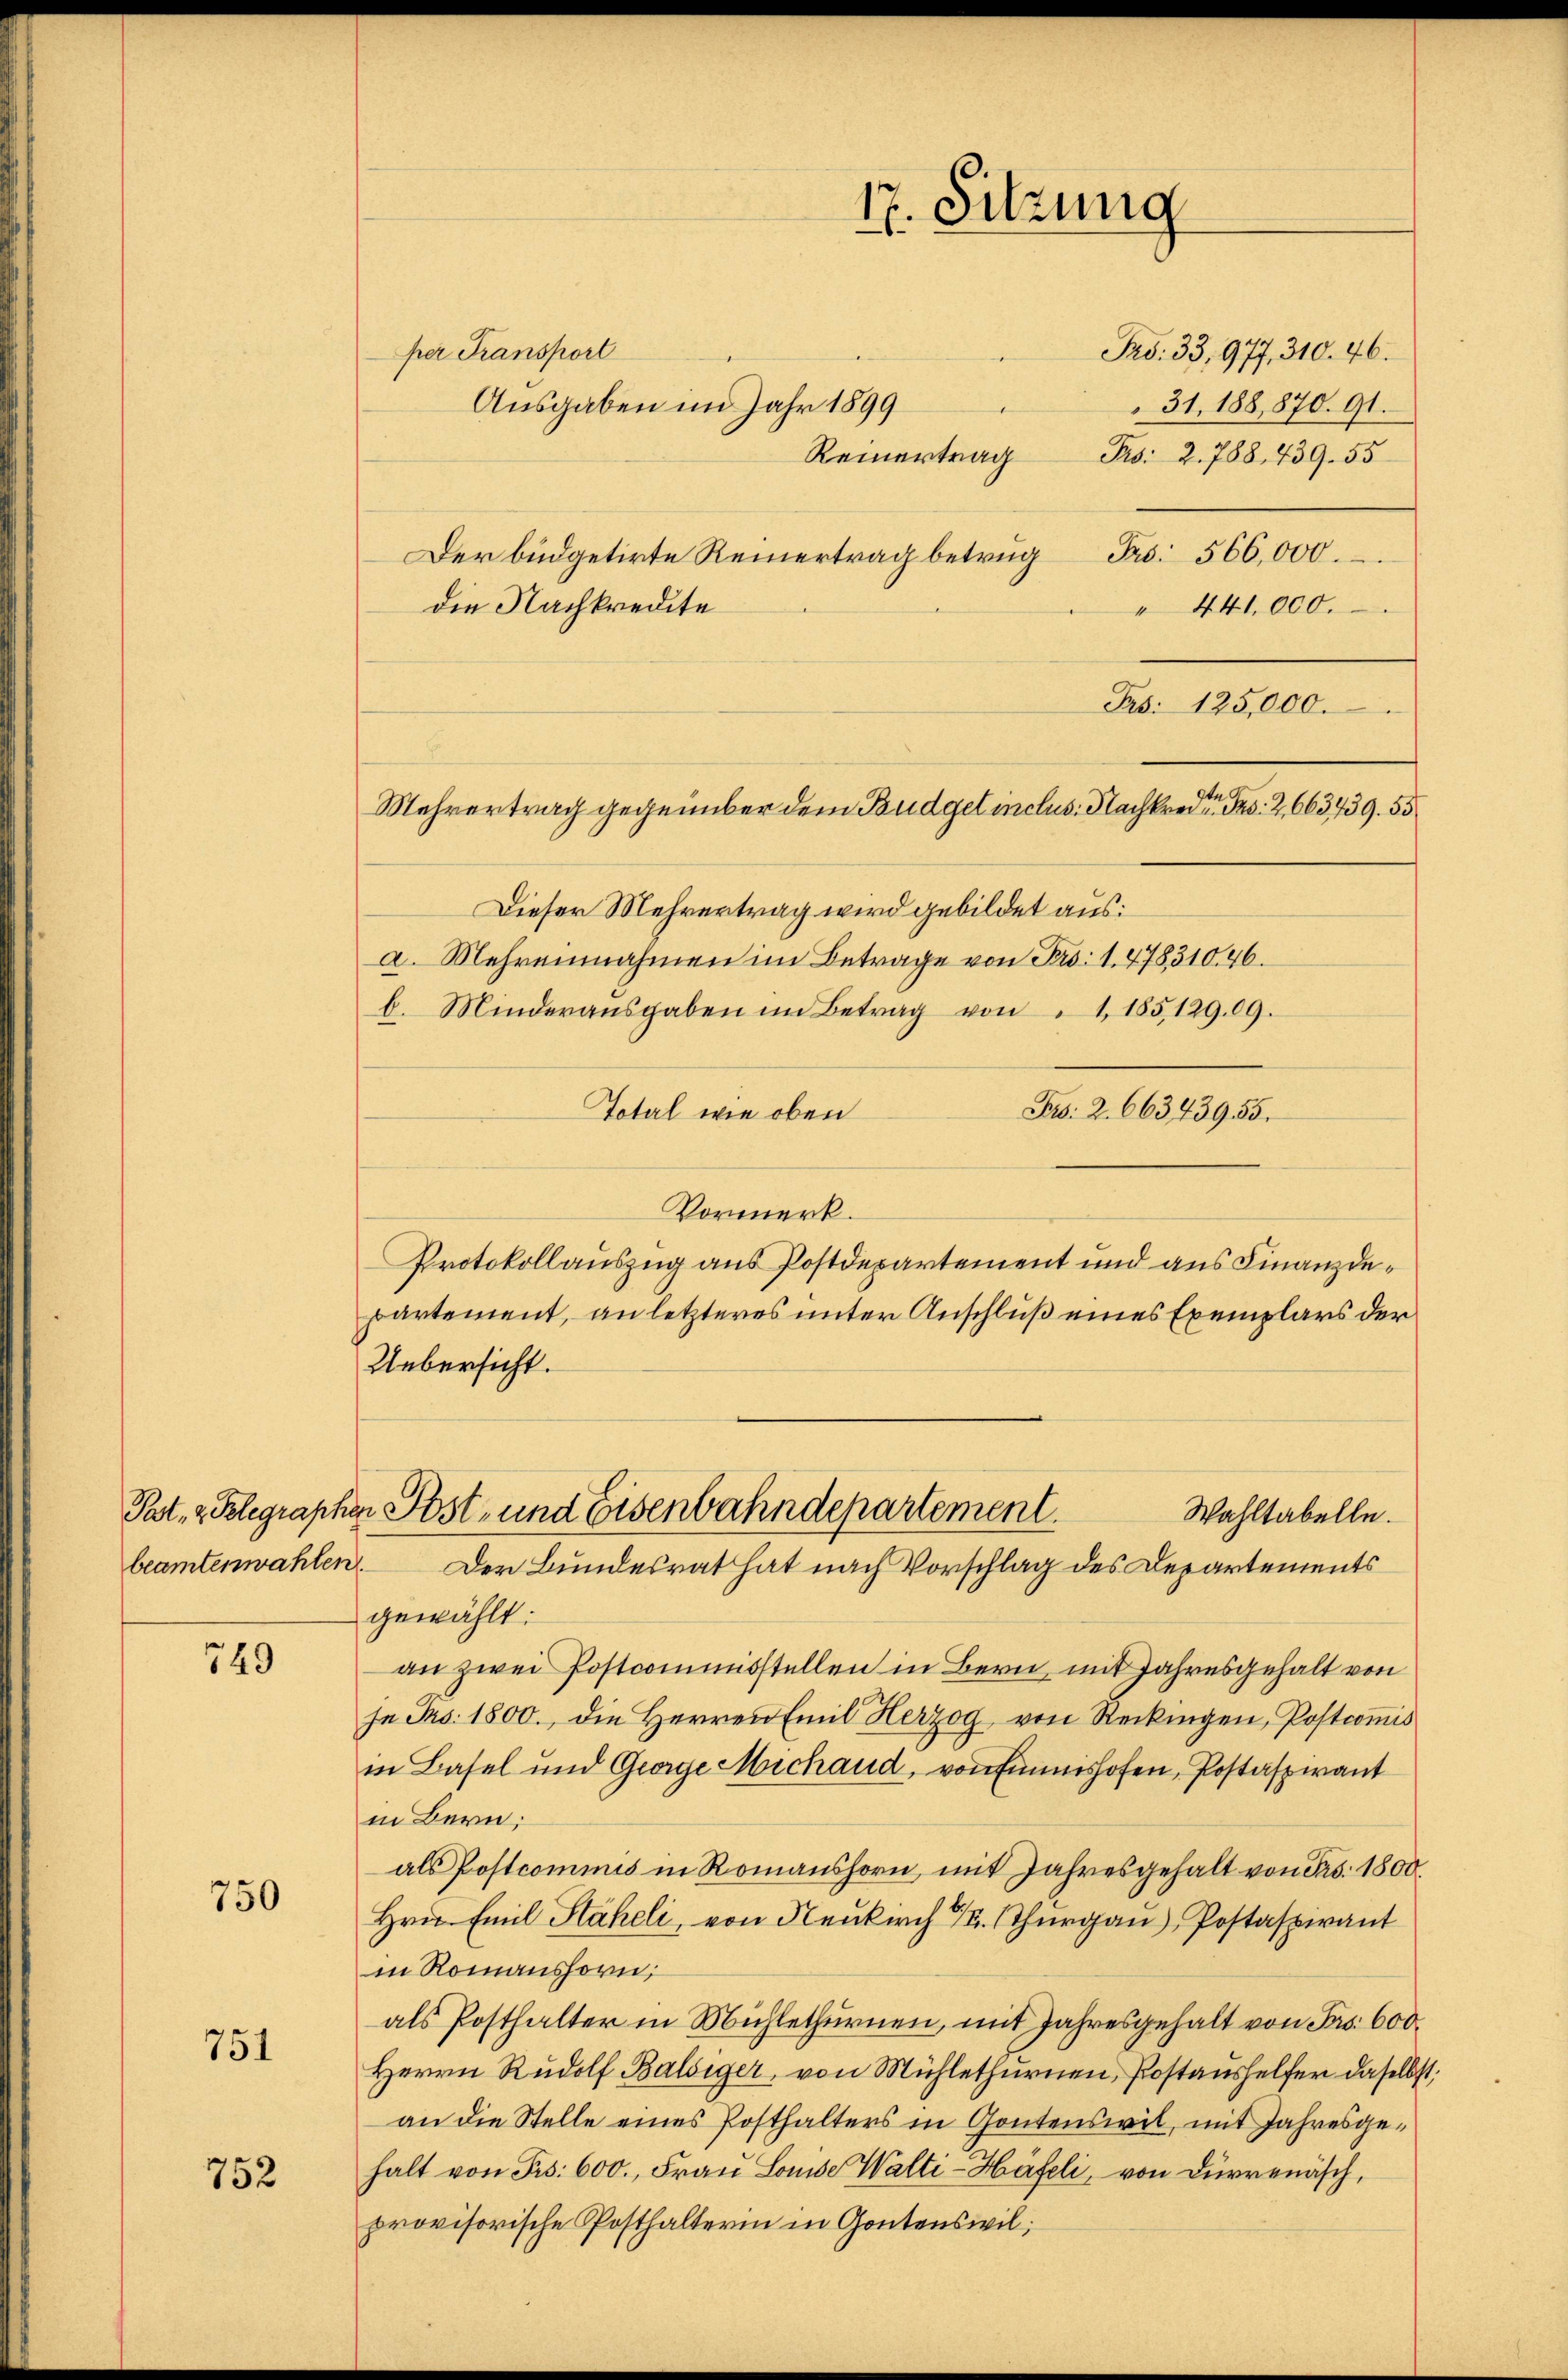
beamtenwahlen

749

750

751

752

Ausgaben im Jahr 1899
Reinertrag
Der büdgetirte Reinertrag betrug No. 566,000
" 441,000.
Pas: 125,000.
Dieser Mehrertrag wird gebildet aus:
a. Mehrennahmen im Betrage von Pro. 1. 47831046.
b. Minderausgaben im Betrag von 1. 185,12909.
Total wie oben
Vormerk.
Protokollauszug aus Postdepartement und aus Finanzdepartement, an letzteres unter Anschluß eines Exemplars der
Uebersicht.
Pat, & Belegraphen Post- und Eisenbahndepartement.
Wahltabelle.
.
Der Bundesrat hat nach Vorschlag des Departements
gewählt:
an zwei Postcommisstellen in Bern, mit Jahresgehalt von
In Frs. 1800., die Herren Emil Herzog von Reckingen, Postcomis
in Basel und George Michaud, von Einmishofen, Postaspirant
in Bern;
als Postcommis in Romanshorn, mit Jahresgehalt von Frs. 1800.
Hrn. Emil Staheli, von Neukirch u. Thŭrgaŭ) Postaspirant
in Romanshorn,
als Posthalter in Michlethurnen, mit Jahresgehalt von Frs. 600.
Herrn Rudolf Balsiger, von Mühlethurnen, Postaushelfer daselb
an die Stelle eines Posthalters in Gontenswil, mit Jahresge-
halt von Fr. 600., Frau Louise Walti-Häfeli, von Dürrenäsch,
provisorische Posthalterin in Gontenswil;

per Transport

die Nachkredite

Mehrertrag gegenüber dem Budget inclus. Nachkredite . 2663439. 55

17. Sitzung

Pro. 33, 977, 310. 46.
31. 188,870. 91.

Pro. 2. 788. 439. 55

Fr. 2. 66343955.